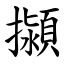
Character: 㩩